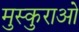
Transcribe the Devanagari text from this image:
मुस्कुराओ